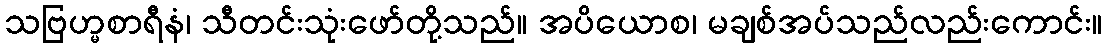
သဗြဟ္မစာရီနံ၊ သီတင်းသုံးဖော်တို့သည်။ အပိယောစ၊ မချစ်အပ်သည်လည်းကောင်း။